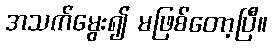
အသက်မွေး၍ မဖြစ်တော့ပြီ။